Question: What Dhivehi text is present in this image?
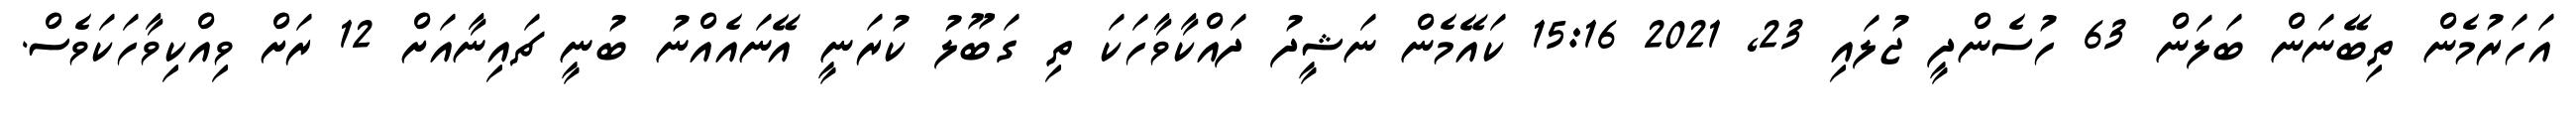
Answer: އަހަރުމެން ތިބޭނަން ބަލަން 63 ހުސެންދީ ޖުލައި 23, 2021 15:16 ކައޭމެން ނަޝީދު ދައްކާވާހަކަ ތި ގަބޫލު ކުރަނީ އޭނައެއްނު ބުނީ ޗައިނާއަށް 12 ރަށް ވިއްކިވާހަކަވެސް.